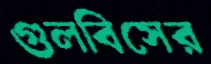
গুলবিসের